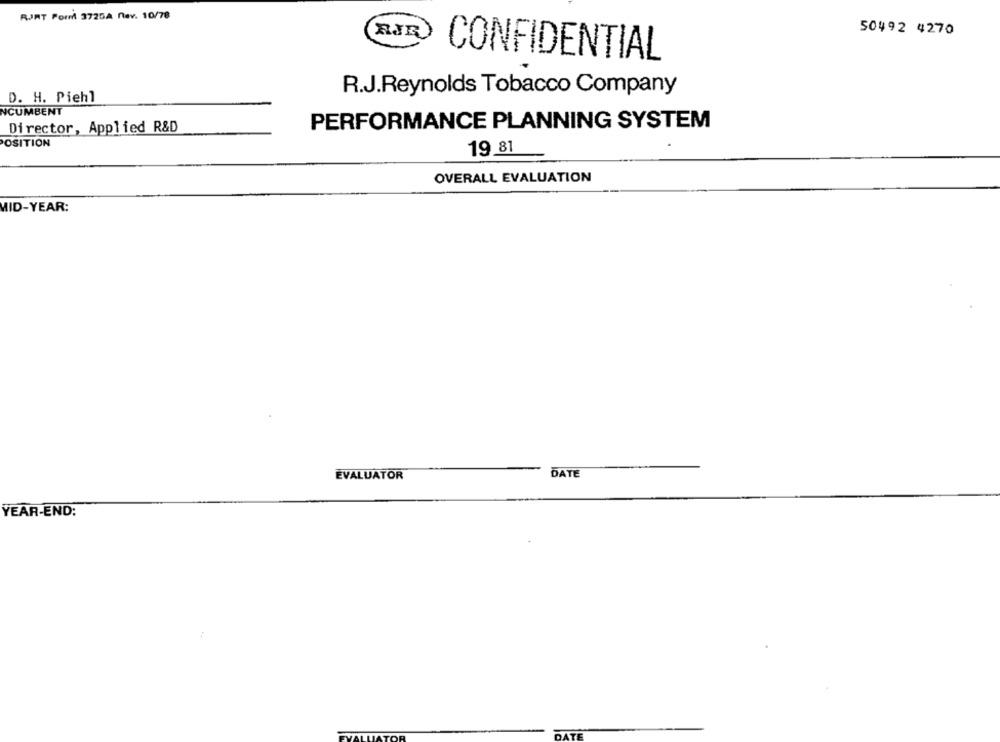
RJJAT Porr 3725A nev. 10/78
RIR
50492 4270
CONFIDENTIAL
R.J.Reynolds Tobacco Company
D. H. Piehl
NCUMBENT
PERFORMANCE PLANNING SYSTEM
Director, Applied R&D
POSITION
19.81
OVERALL EVALUATION
MID-YEAR:
EVALUATOR
DATE
YEAR-END: